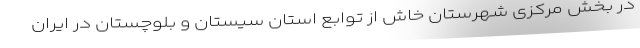
در بخش مرکزی شهرستان خاش از توابع استان سیستان و بلوچستان در ایران